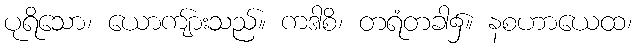
ပုရိသော၊ ယောကျ်ားသည်။ ကဒါစိ၊ တရံတခါ၌။ နစဟာယေထ၊